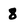
Character: 8